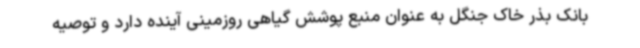
بانک بذر خاک جنگل به عنوان منبع پوشش گیاهی روزمینی آینده دارد و توصیه